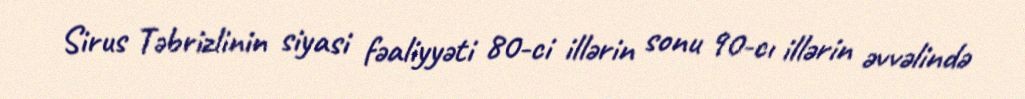
Sirus Təbrizlinin siyasi fəaliyyəti 80-ci illərin sonu 90-cı illərin əvvəlində